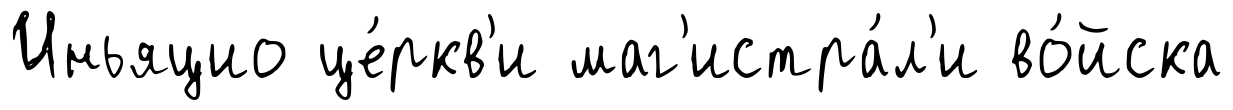
Иньяцио це́ркв'и маг'истра́л'и во́йска